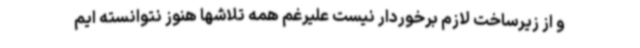
و از زیرساخت لازم برخوردار نیست علیرغم همه تلاشها هنوز نتوانسته ایم